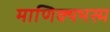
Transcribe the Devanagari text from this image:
माणिक्यभस्म